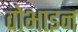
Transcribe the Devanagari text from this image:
वोभाइन